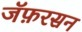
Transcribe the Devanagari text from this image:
जॅफ़रसन